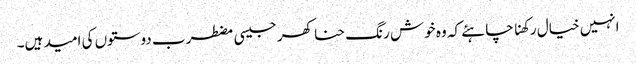
انہیں خیال رکھنا چاہئے کہ وہ خوش رنگ حنا کھر جیسی مضطرب دوستوں کی امید ہیں۔